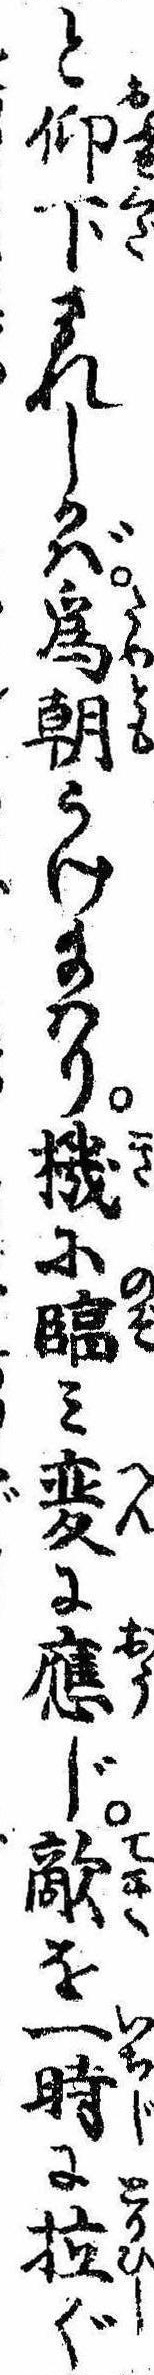
と仰下されしかば為朝うけ給はり機に臨み変に応じ敵を一時に拉ぐ